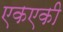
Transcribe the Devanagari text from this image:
एकएकी